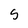
Character: S